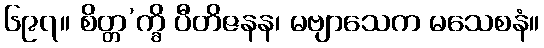
၆၉၇။ စိတ္တ’က္ခိ ပီတိဇနန၊ မဗျာသေက မသေစနံ။